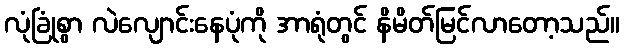
လုံခြုံစွာ လဲလျောင်းနေပုံကို အာရုံတွင် နိမိတ်မြင်လာတော့သည်။